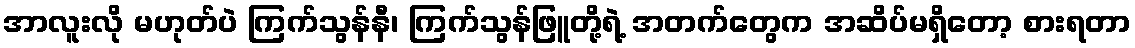
အာလူးလို မဟုတ်ပဲ ကြက်သွန်နီ၊ ကြက်သွန်ဖြူတို့ရဲ့ အတက်တွေက အဆိပ်မရှိတော့ စားရတာ